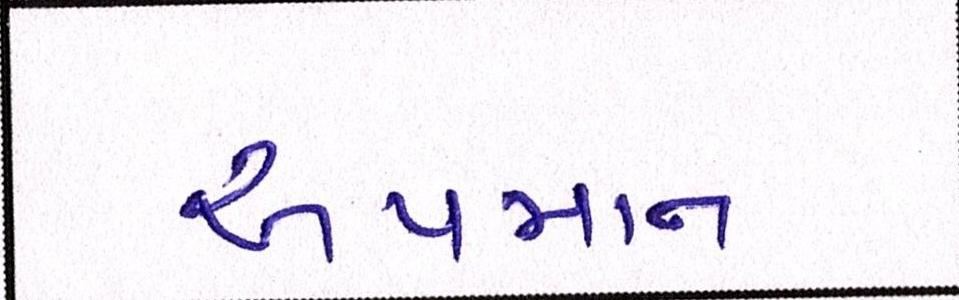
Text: અપમાન